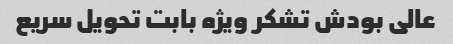
عالی بودش تشکر ویژه بابت تحویل سریع